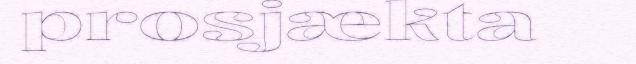
prosjækta